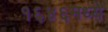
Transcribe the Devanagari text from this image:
१६४६मध्ये